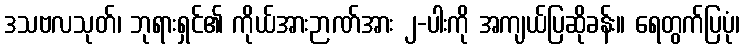
ဒသဗလသုတ်၊ ဘုရားရှင်၏ ကိုယ်အားဉာဏ်အား ၂-ပါးကို အကျယ်ပြဆိုခန်း။ ရေတွက်ပြပုံ၊